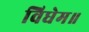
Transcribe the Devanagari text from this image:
विधेम॥